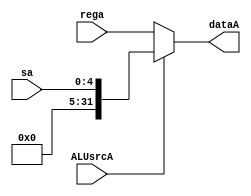
module ALU_dataA(input ALUsrcA, input [31:0] rega, input [4:0] sa, output [31:0] dataA);\n    assign dataA = ALUsrcA ? {{27{0}},sa} : rega;//ALUsrcA\u03aa1dataA\u03aa\u03bb\u0579ALUsrcA\u03aa0dataA\u03aa\u03bbrega\nendmodule